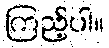
ကြည့်ပါ။